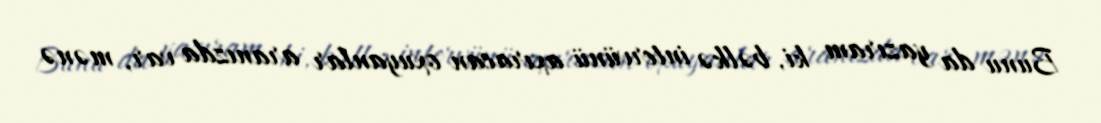
Bunu da yazıram ki, bəlkə intervünü axıracan oxuyanlar aranızda var, mənə